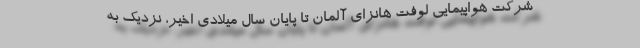
شرکت هواپیمایی لوفت هانزای آلمان تا پایان سال میلادی اخیر، نزدیک به